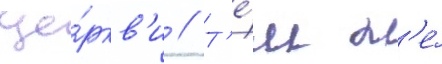
це́ркв'и // Т'е́м н'е́